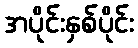
အပိုင်းနှစ်ပိုင်း